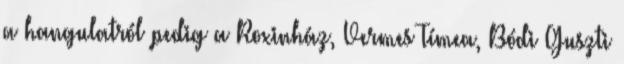
a hangulatról pedig a Roxinház, Vermes Tímea, Bódi Guszti